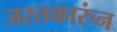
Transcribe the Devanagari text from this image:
जस्तकारुंन